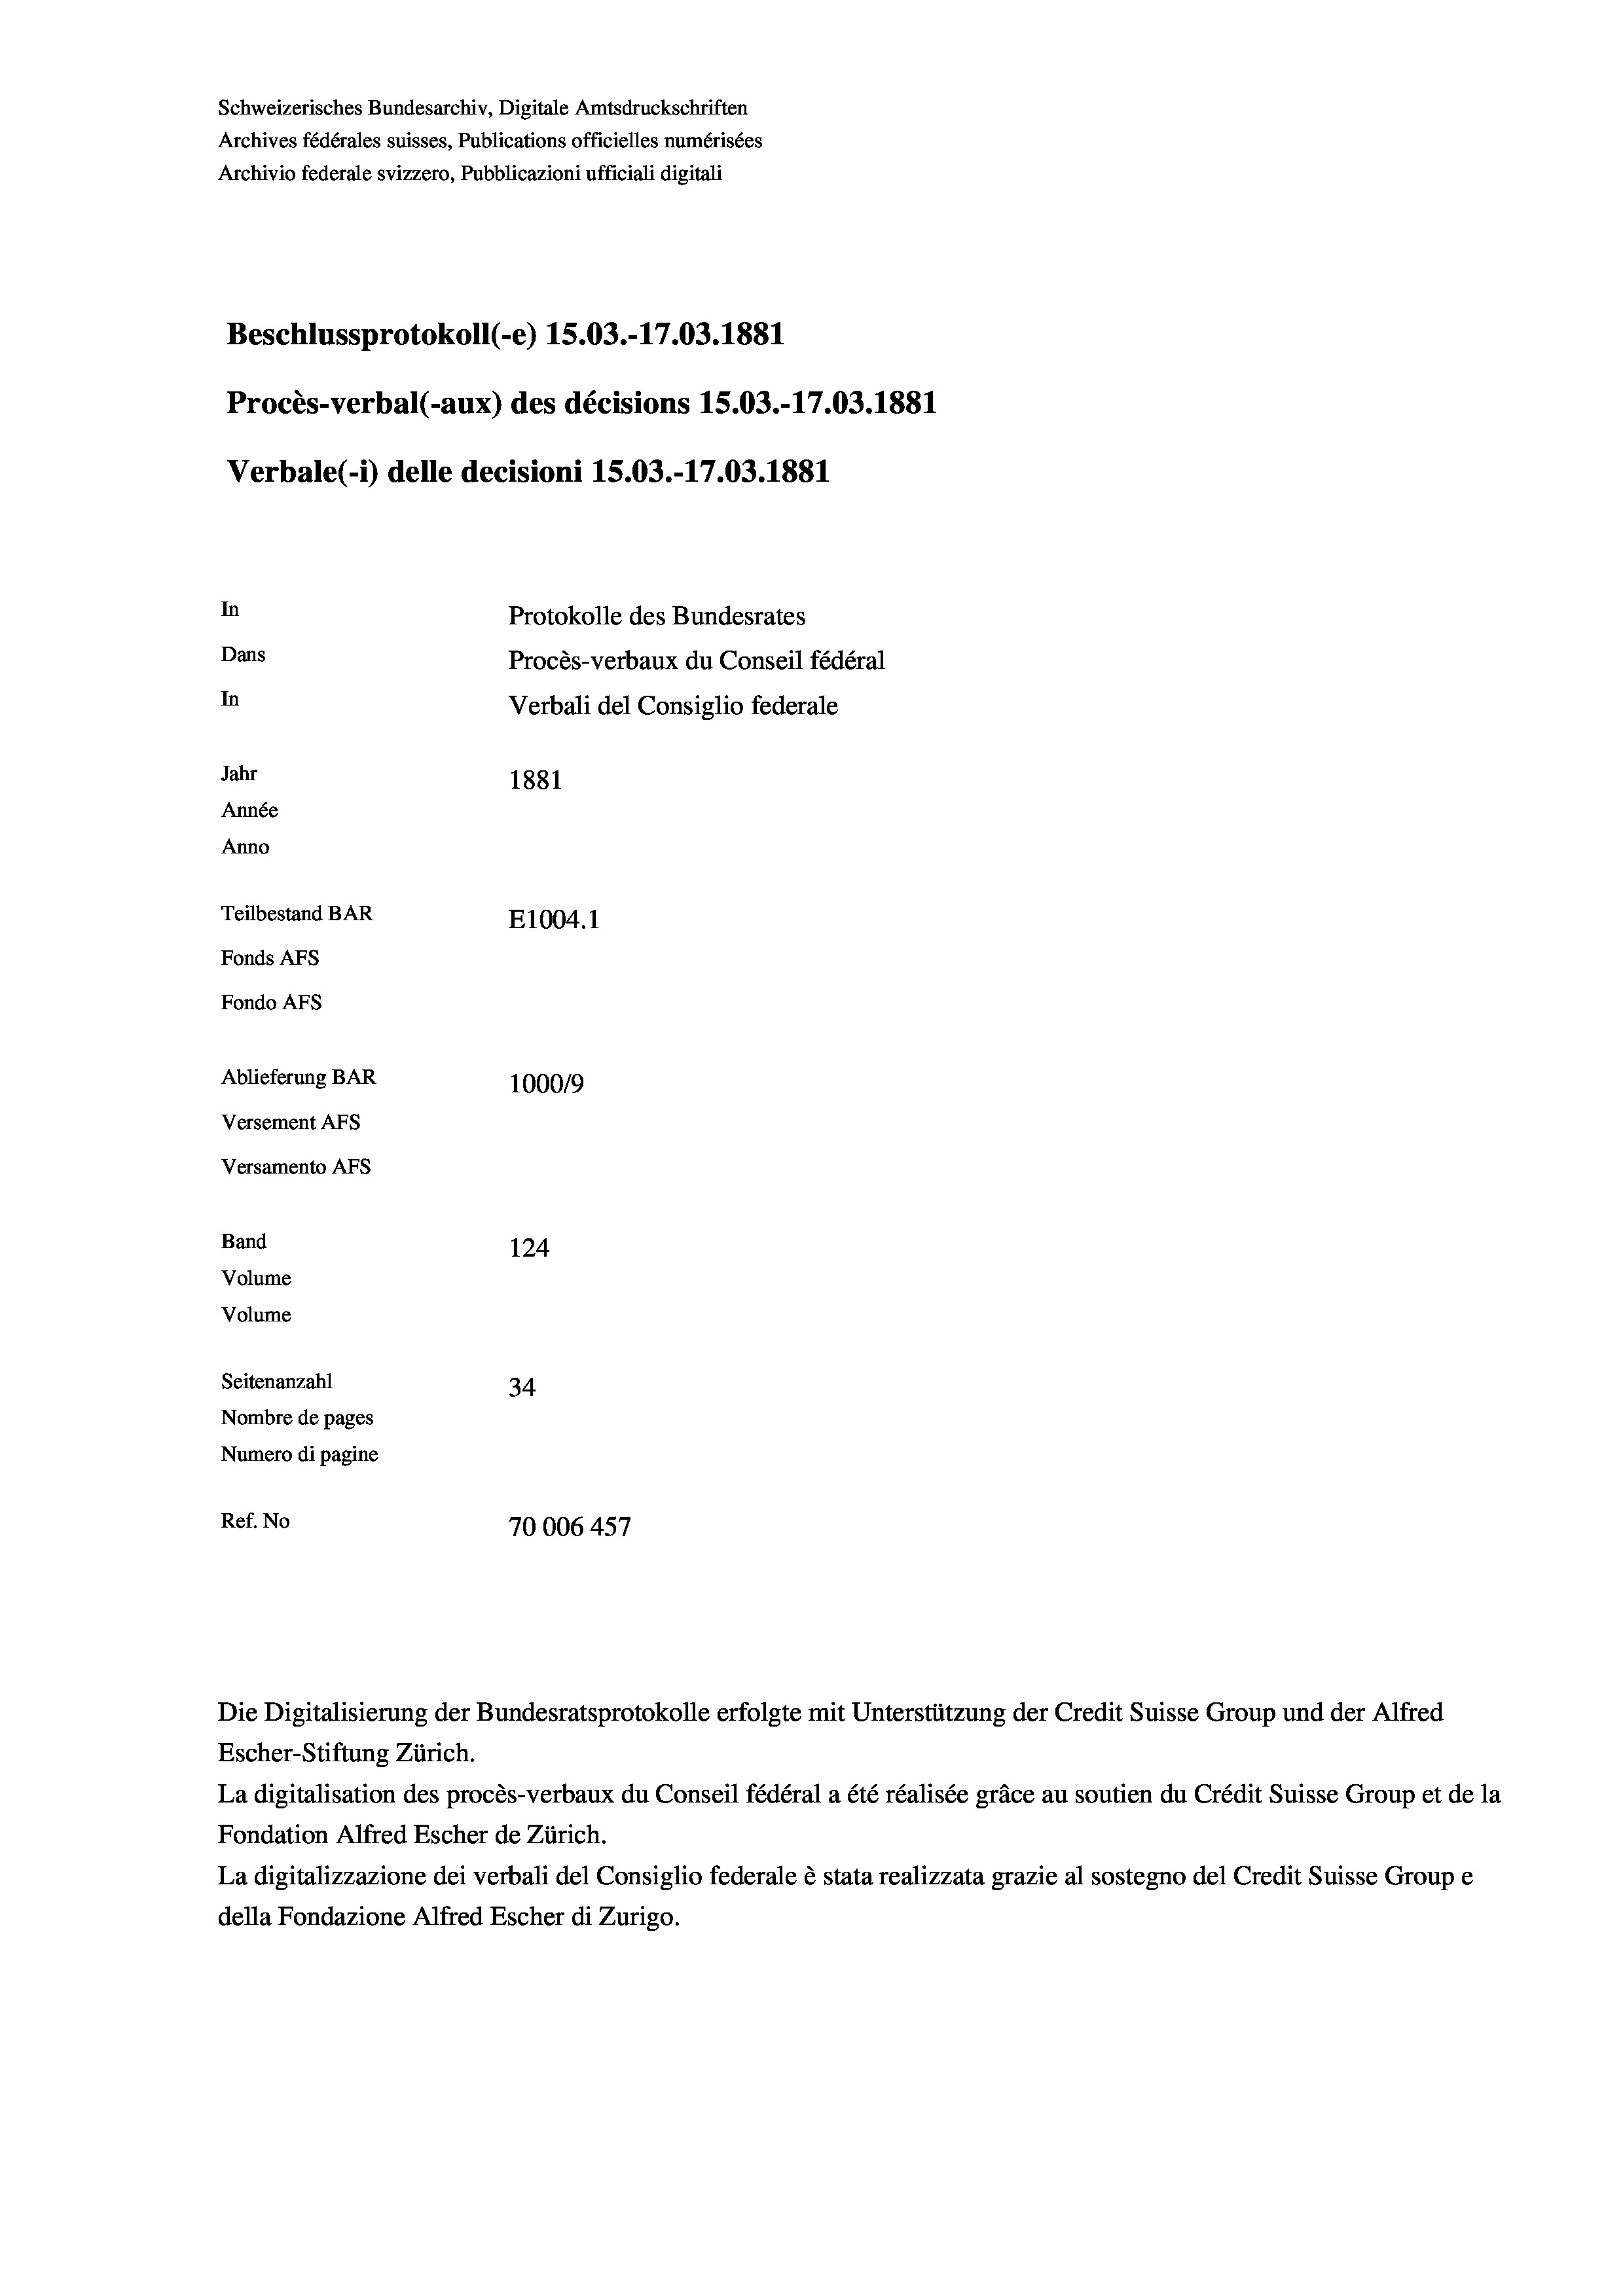
Schweizerisches Bundesarchiv, Digitale Amtsdruckschriften
Archives fédérales suisses, Publications officielles numérisées
Archivio federale svizzero, Pubblicazioni ufficiali digitali
Beschlussprotokoll (-e) 15.03.-17.03. 1881
Procès-verbal (-aux) des décisions 15.03.-17.03. 1881
Verbale(*) delle decisioni 15.03.-17.03. 1881
In
Protokolle des Bundesrates
Dans
Procès-verbaux du Conseil fédéral
In
Verbali del Consiglio federale
Jahr
1881
Année
Anno
Teilbestand BAR
E1004. 1
Fonds AFs
Fondo Afs
Ablieferung BAR
100019
Versement AFs
Versamento Afs
Band
124
Volume
Volume
Seitenanzahl
34
Nombre de pages
Numero di pagine
Ref. No
70006 457

Escher-Stiftung Zürich.
La digitalisation des procès-verbaux du Conseil fédéral a été réalisée gräce au soutien du Crédit Suisse Group et de la
Fondation Alfred Escher de Zürich.
La digitalizzazione dei verbali del Consiglio federale è stata realizzata grazie al sostegno del Credit Suisse Groupe
della Fondazione Alfred Escher di Zurigo.

Die Digitalisierung der Bundesratsprotokolle erfolgte mit Unterstützung der Credit Suisse Group und der Alfred